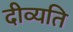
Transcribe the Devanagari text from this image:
दीव्यति